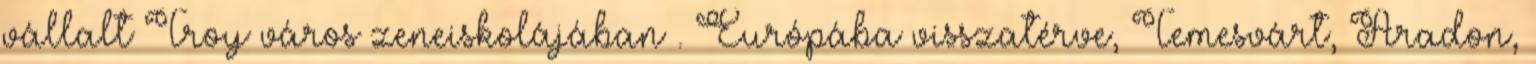
vállalt Troy város zeneiskolájában . Európába visszatérve, Temesvárt, Aradon,